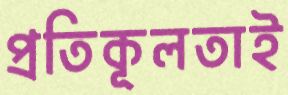
প্রতিকূলতাই